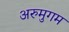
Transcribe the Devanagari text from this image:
अरुमुगम